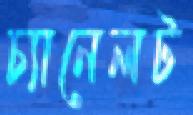
চ্যানেলট